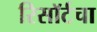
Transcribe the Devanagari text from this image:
रिसॉर्टचा